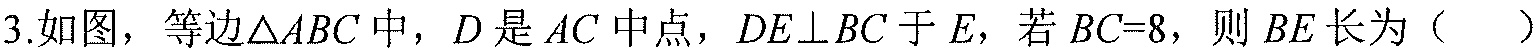
3.如图，等边$\triangle ABC$中，$D$是$AC$中点，$DE\perp BC$于$E$，若$BC = 8$，则$BE$长为（  ）